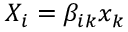
X _ { i } = \beta _ { i k } x _ { k }